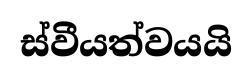
ස්වීයත්වයයි